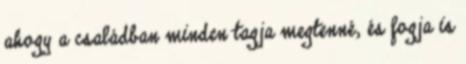
ahogy a családban minden tagja megtenné, és fogja is